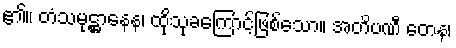
၏။ တံသမုဋ္ဌာနေန၊ ထိုသုခကြောင့်ဖြစ်သော။ အတိပဏီ တေန၊